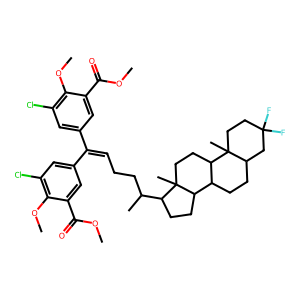
SMILES: COC(=O)c1cc(C(=CCCC(C)C2CCC3C4CCC5CC(F)(F)CCC5(C)C4CCC23C)c2cc(Cl)c(OC)c(C(=O)OC)c2)cc(Cl)c1OC
Inhibits HIV replication: No